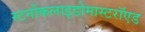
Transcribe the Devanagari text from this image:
स्टर्नोकलाइडोमास्टरॉएड